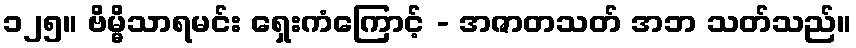
၁၂၅။ ဗိမ္မိသာရမင်း ရှေးကံကြောင့် - အဇာတသတ် အဘ သတ်သည်။